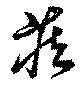
蔵